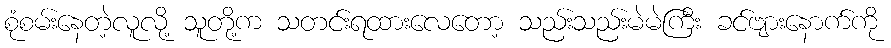
စုံစမ်းနေတဲ့လူလို့ သူတို့က သတင်းရထားလေတော့ သည်းသည်းမဲမဲကြီး ခင်ဗျားနောက်ကို